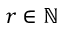
r \in \mathbb N